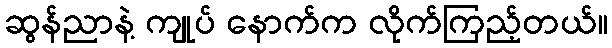
ဆွန်ညာနဲ့ ကျုပ် နောက်က လိုက်ကြည့်တယ်။